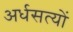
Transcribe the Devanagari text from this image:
अर्धसत्यों